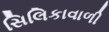
સિલિકાવાળી